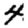
Digit: 4